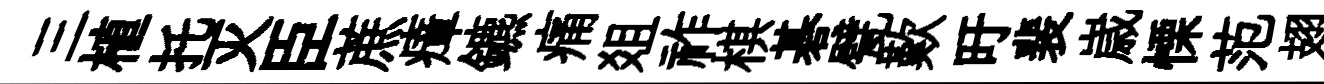
三植托灭臣蔗瘴鑣痛爼祚棋碁甓歎旴裴𡻕慄范翅